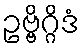
ဥဗ္ဗိဂ္ဂိဒံ